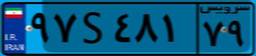
۷۸S۴۲۷۰۹